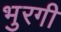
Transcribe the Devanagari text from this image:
भुरगी